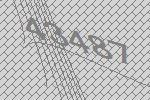
43487